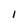
Character: l